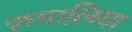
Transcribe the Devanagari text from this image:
रुमालिया